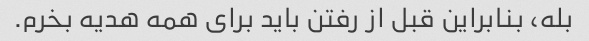
بله، بنابراین قبل از رفتن باید برای همه هدیه بخرم.